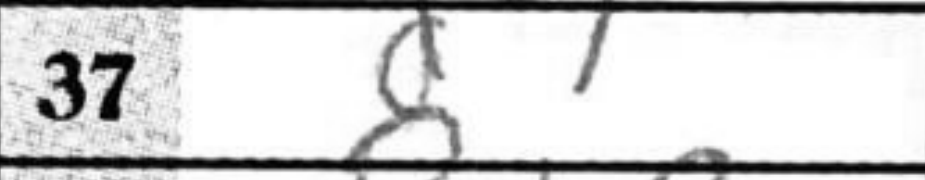
Transcription: d7